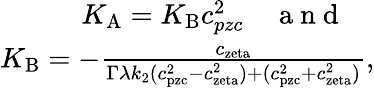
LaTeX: \begin{array}{r}{K_{\mathrm{A}}=K_{\mathrm{B}}c_{pzc}^{2}\quad\mathrm{~a~n~d~}\quad}\\ {K_{\mathrm{B}}=-\frac{c_{\mathrm{zeta}}}{\Gamma\lambda k_{2}(c_{\mathrm{pzc}}^{2}-c_{\mathrm{zeta}}^{2})+(c_{\mathrm{pzc}}^{2}+c_{\mathrm{zeta}}^{2})},}\end{array}